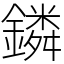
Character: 鏻